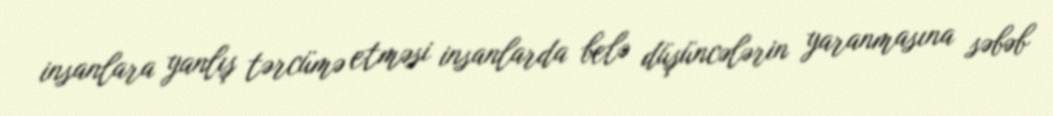
insanlara yanlış tərcümə etməsi insanlarda belə düşüncələrin yaranmasına səbəb